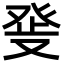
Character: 𤼬